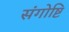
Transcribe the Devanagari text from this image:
संगोष्टि